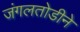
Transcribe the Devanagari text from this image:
जंगलतोडीने